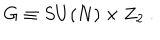
G \equiv S U ( N ) \times Z _ { 2 } \ .